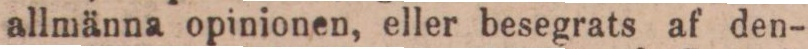
allmänna opinionen, eller besegrats af den-